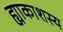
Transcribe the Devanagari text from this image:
ह्याकाशस्य